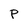
Character: p